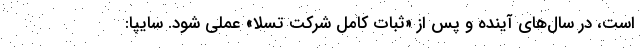
است، در سال‌های آینده و پس از «ثبات کامل شرکت تسلا» عملی شود. سایپا: